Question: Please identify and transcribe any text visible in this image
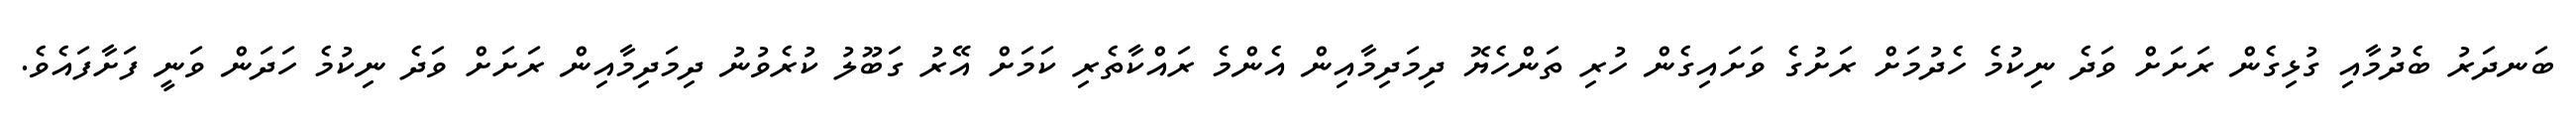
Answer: ބަނދަރު ބެދުމާއި ގުޅިގެން ރަށަށް ވަދެ ނިކުމެ ހެދުމަށް ރަށުގެ ވަށައިގެން ހުރި ތަންހެޔޮ ދިމަދިމާއިން އެންމެ ރައްކާތެރި ކަމަށް އޭރު ގަބޫލު ކުރެވުނު ދިމަދިމާއިން ރަށަށް ވަދެ ނިކުމެ ހަދަން ވަނީ ފަށާފައެވެ.